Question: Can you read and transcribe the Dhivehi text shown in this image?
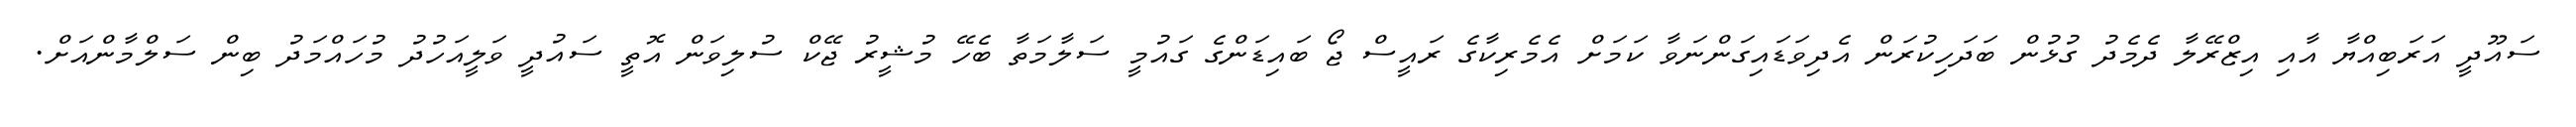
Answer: ސައޫދީ އަރަބިއްޔާ އާއި އިޒްރޭލާ ދެމެދު ގުޅުން ބަދަހިކުރަން އެދިވަޑައިގަންނަވާ ކަމަށް އެމެރިކާގެ ރައީސް ޖޯ ބައިޑަންގެ ގައުމީ ސަލާމަތާ ބެހޭ މުޝީރު ޖޭކް ސުލިވަން އޮތީ ސައުދީ ވަލީއަހުދު މުހައްމަދު ބިން ސަލްމާންއަށް.